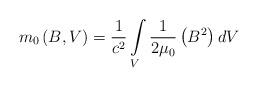
LaTeX: \begin{align*}m_{0}\left(B,V\right) = \frac{1}{c^2} \int\limits_{V}\frac{1}{2\mu_{0}}\left(B^{2}\right)dV\end{align*}